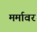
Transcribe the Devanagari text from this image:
मर्मावर